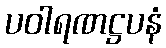
ပဝါရဏဋ္ဌပနံ